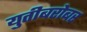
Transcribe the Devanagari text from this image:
युतीबरोबर